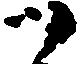
ツ